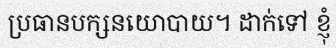
ប្រធានបក្សនយោបាយ។ ដាក់ទៅ ខ្ញុំ